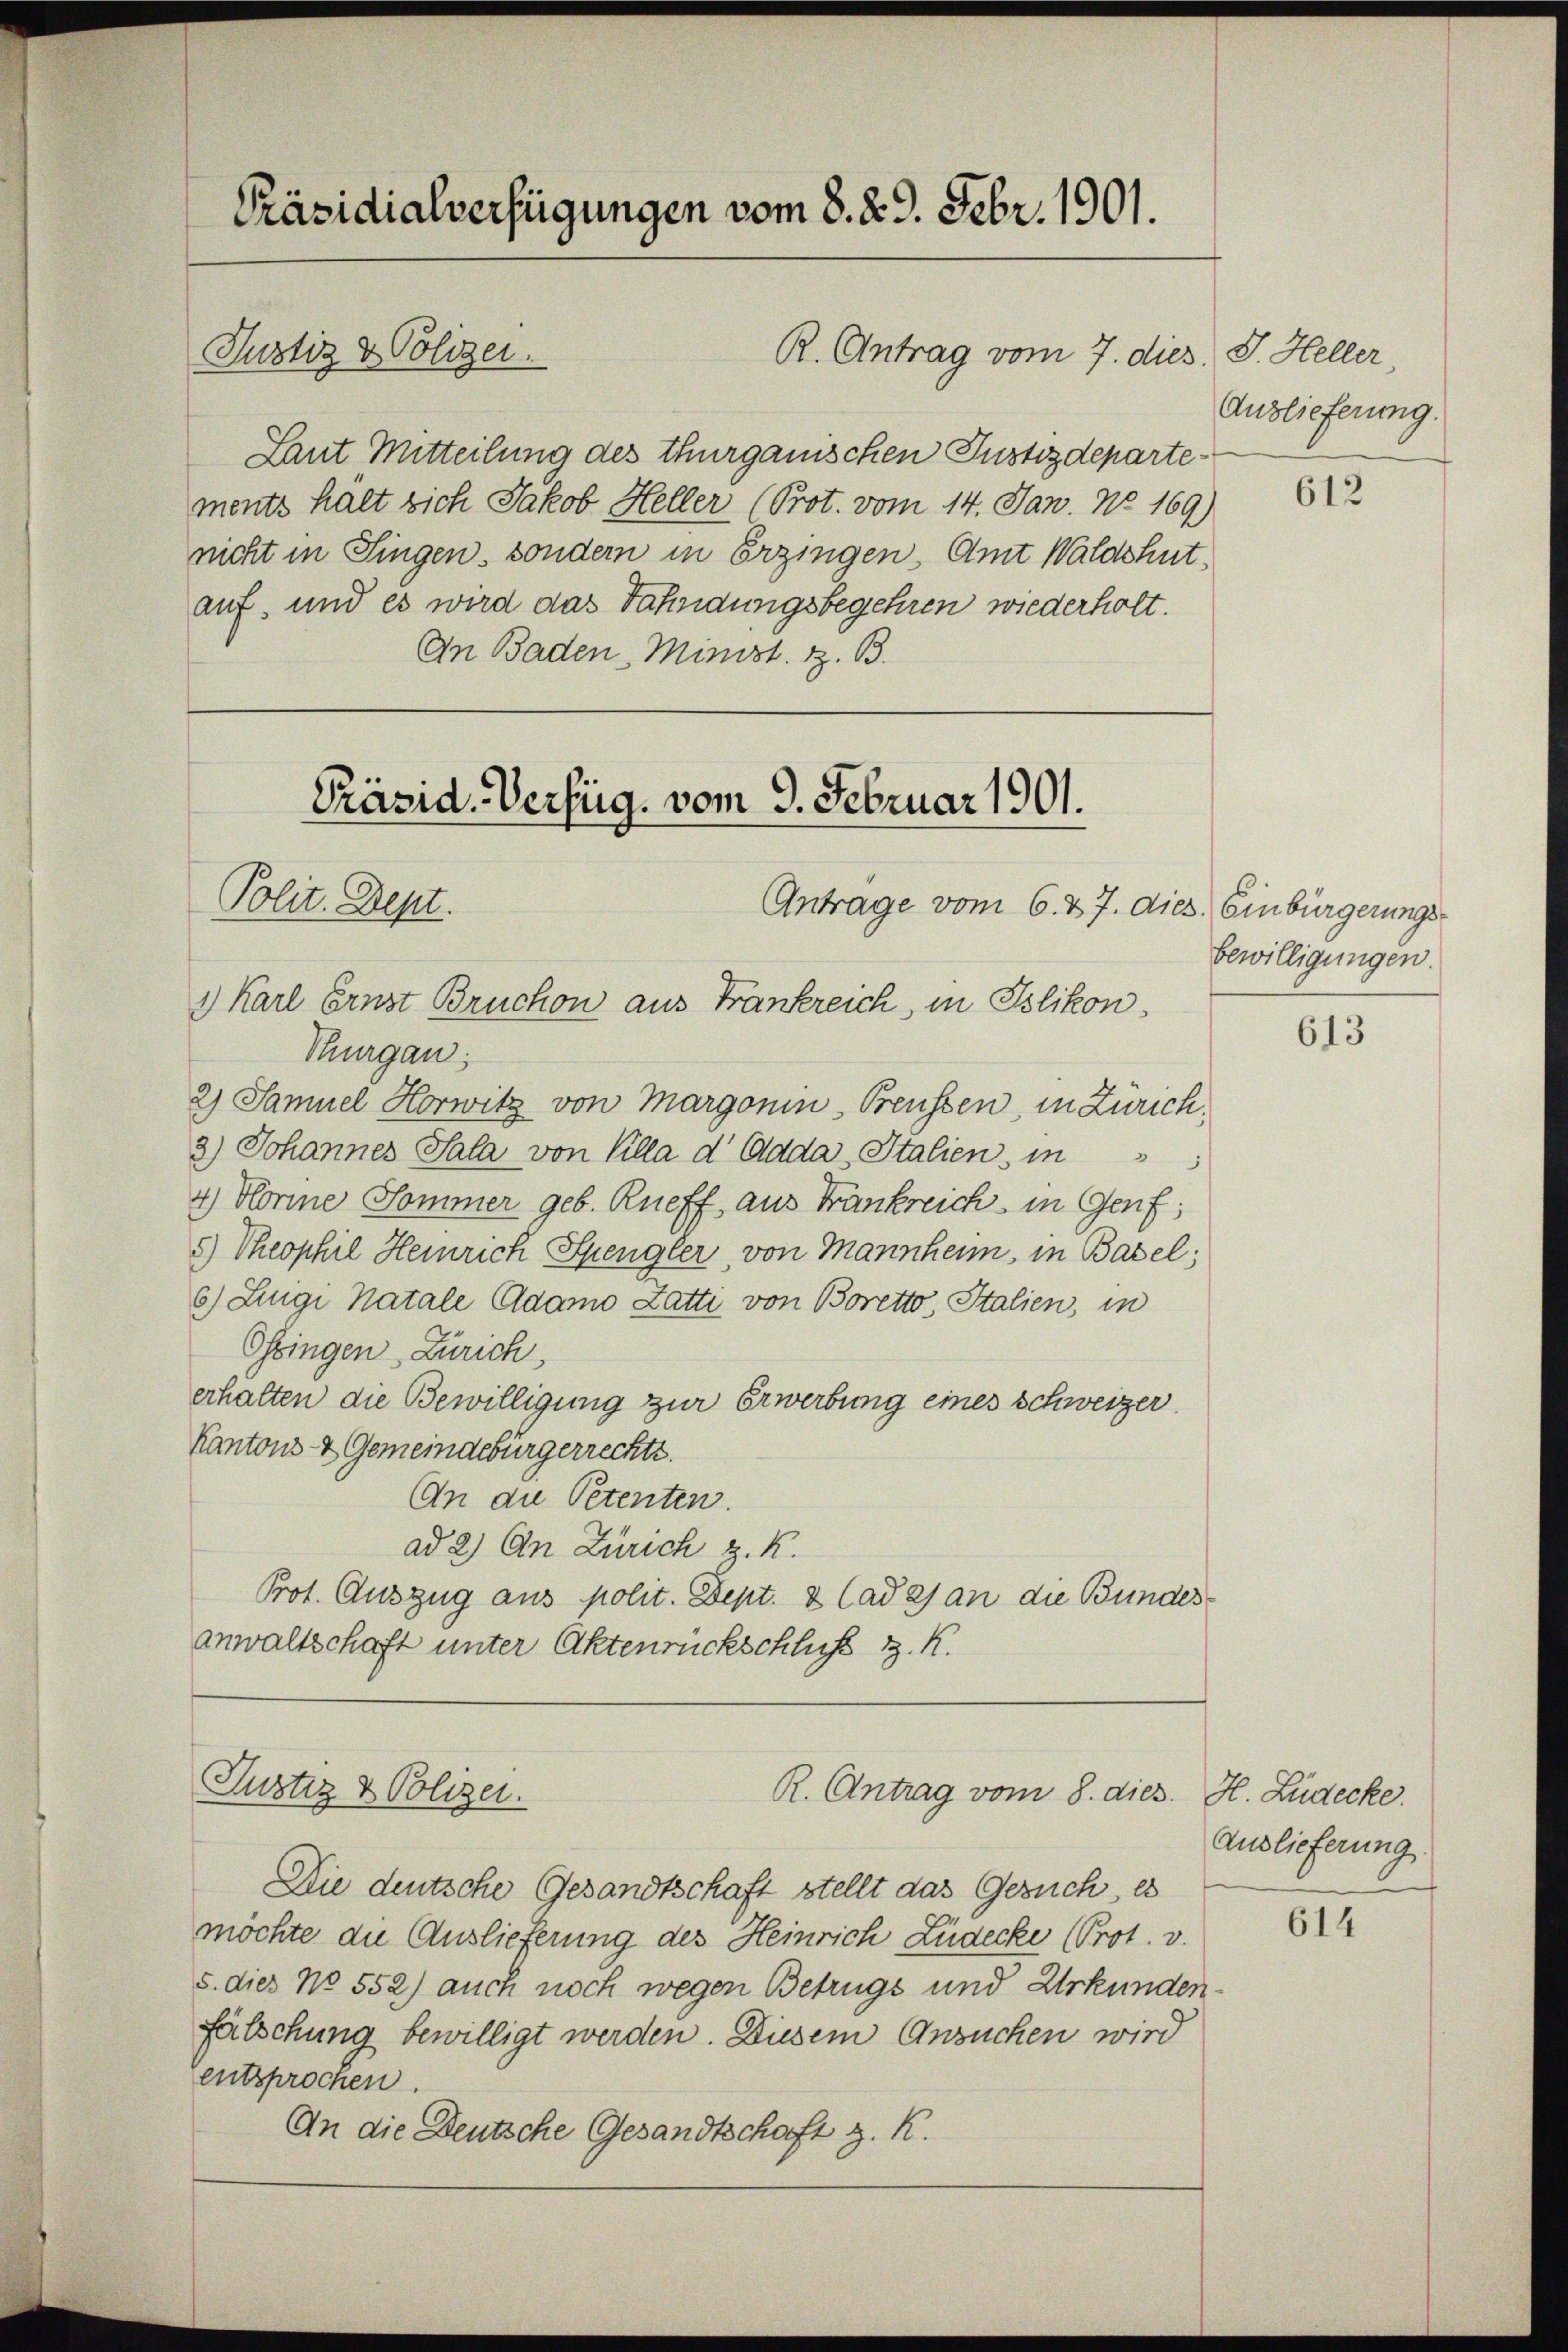
Präsidialverfügungen vom 8. 29. Febr. 1901.
Justiz & Polizei.
R. Antrag vom 7. dies J. Heller

Laut Mitteilung des Thurgauischen Justizdepartements halt sich Jakob Heller (Prot. vom 14. Jan. No 169)
nicht in Singen, sondern in Erzingen, Amt Waldshut,
auf und es wird das Fahndungsbegehren wiederholt.
An Baden Minist. z. B.

Thurgau:
2) Samuel Horwitz von Margonin-Preussen, in Zürich,
3) Johannes Sala von Klla d Cada, Italien in
4) Hörme Sommer geb. Rüeff, aus Frankreich in Genf;
c) Theophil Heinrich Spengler, von Mannheim, in Basel;
6) Lingi Natale Adamo Zatti von Boretto, Italien, in
Ossingen Zürich,
erhalten die Bewilligung zur Erwerbung eines Schweizer
Kantons- & Gemeindebürgerrechte.
An die Petenten.
ad 2) An Zürich z. K.
Prot. Auszug aus polit. Dept. 8 Cadas an die Bundes
anwaltschaft unter Aktenrückschluß d. R.

Präsid. Verfüg, vom 9. Februar 1901.
Polit. Sept.
Antrage vom 6. 27. dies. Einbürgerungs-
1) Karl Ernst Bruchon aus Frankreich, in Blikon.

Justiz & Polizei.
R. Antrag vom 8. dies. H. Lüdecke.

Die deutsche Gesandtschaft stellt das Gesuch, es
möchte die Auslieferung des Heinrich Lüdecke (Prot. v.
s. dies No 552) auch noch wegen Betrugs und Urkunden
fälschung bewilligt werden. Diesem Ansuchen wird
entsprochen.
An die Deutsche Gesandtschaft z. R.

Auslieferung.

612

bewilligungen.

613

Auslieferung

614